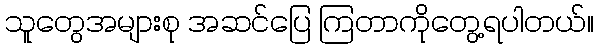
သူတွေအများစု အဆင်ပြေ ကြတာကိုတွေ့ရပါတယ်။